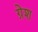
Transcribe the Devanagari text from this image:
ग्रेश